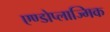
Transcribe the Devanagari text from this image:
एण्डोप्लाज्मिक